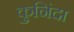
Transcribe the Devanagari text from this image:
कुनिंदा